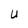
Character: U